Regulations for the medical services of the Army of India
Year: 1930
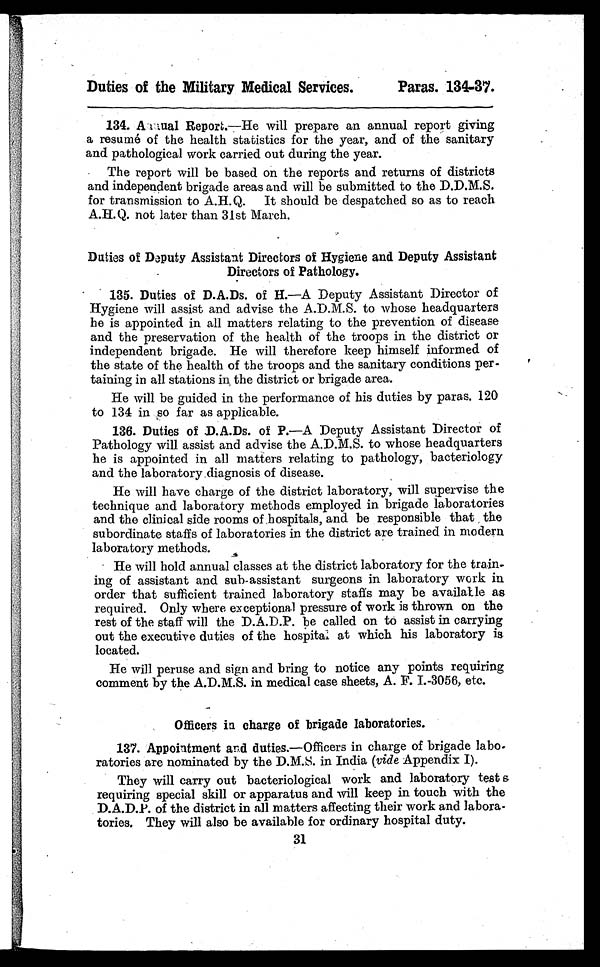
Duties of the Military Medical Services.
Paras. 134-37.
134. Annual Report.—He will prepare an annual report giving
a resume of the health statistics for the year, and of the sanitary
and pathological work carried out during the year.
The report will be based on the reports and returns of districts
and independent brigade areas and will be submitted to the D.D.M.S.
for transmission to A.H.Q. It should be despatched so as to reach
A.H.Q. not later than 31st March.
Duties of Deputy Assistant Directors of Hygiene and Deputy Assistant
Directors of Pathology.
135. Duties of D.A.Ds. of H.—A Deputy Assistant Director of
Hygiene will assist and advise the A.D.M.S. to whose headquarters
he is appointed in all matters relating to the prevention of disease
and the preservation of the health of the troops in the district or
independent brigade. He will therefore keep himself informed of
the state of the health of the troops and the sanitary conditions per-
taining in all stations in the district or brigade area.
He will be guided in the performance of his duties by paras. 120
to 134 in so far as applicable.
136. Duties of D.A.Ds. of P.—A Deputy Assistant Director of
Pathology will assist and advise the A.D.M.S. to whose headquarters
he is appointed in all matters relating to pathology, bacteriology
and the laboratory diagnosis of disease.
He will have charge of the district laboratory, will supervise the
technique and laboratory methods employed in brigade laboratories
and the clinical side rooms of, hospitals, and be responsible that the
subordinate staffs of laboratories in the district are trained in modern
laboratory methods.
He will hold annual classes at the district laboratory for the train.
ing of assistant and sub-assistant surgeons in laboratory work in
order that sufficient trained laboratory staffs may be available as
required. Only where exceptional pressure of work is thrown on the
rest of the staff will the D.A.D.P. be called on to assist in carrying
out the executive duties of the hospital at which his laboratory is
located.
He will peruse and sign and bring to notice any points requiring
comment by the A.D.M.S. in medical case sheets, A. F. I.-3056, etc.
Officers in charge of brigade laboratories.
137. Appointment and duties.—Officers in charge of brigade labo-
ratories are nominated by the D.M.S. in India (vide Appendix I).
They will carry out bacteriological work and laboratory test s
requiring special skill or apparatus and will keep in touch with the
D.A.D.Y. of the district in all matters affecting their work and labora-
tories. They will also be available for ordinary hospital duty.
31